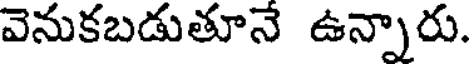
వెనుకబడుతూనే ఉన్నారు.